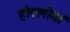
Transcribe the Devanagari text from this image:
होटलोमां